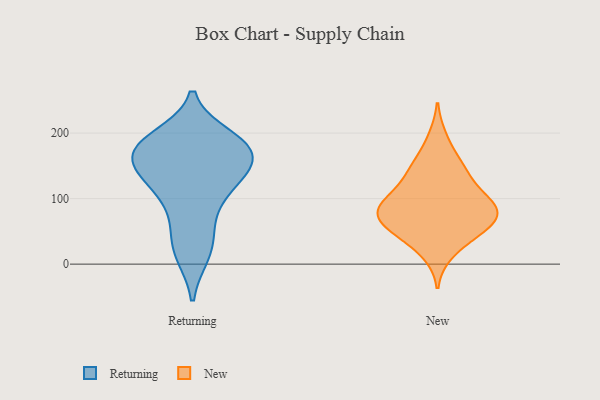
{"axis": {"x": "Customer Acquisition Cost (USD)", "y": "Value"}, "legend": ["New", "Returning"], "data": [{"x": "", "y": 192, "type": "Returning"}, {"x": "", "y": 49, "type": "Returning"}, {"x": "", "y": 116, "type": "Returning"}, {"x": "", "y": 180, "type": "Returning"}, {"x": "", "y": 20, "type": "Returning"}, {"x": "", "y": 16, "type": "Returning"}, {"x": "", "y": 177, "type": "Returning"}, {"x": "", "y": 117, "type": "Returning"}, {"x": "", "y": 179, "type": "Returning"}, {"x": "", "y": 137, "type": "Returning"}, {"x": "", "y": 170, "type": "Returning"}, {"x": "", "y": 179, "type": "Returning"}, {"x": "", "y": 145, "type": "Returning"}, {"x": "", "y": 139, "type": "Returning"}, {"x": "", "y": 173, "type": "Returning"}, {"x": "", "y": 81, "type": "Returning"}, {"x": "", "y": 128, "type": "New"}, {"x": "", "y": 94, "type": "New"}, {"x": "", "y": 97, "type": "New"}, {"x": "", "y": 135, "type": "New"}, {"x": "", "y": 53, "type": "New"}, {"x": "", "y": 192, "type": "New"}, {"x": "", "y": 148, "type": "New"}, {"x": "", "y": 17, "type": "New"}, {"x": "", "y": 80, "type": "New"}, {"x": "", "y": 66, "type": "New"}, {"x": "", "y": 71, "type": "New"}, {"x": "", "y": 53, "type": "New"}, {"x": "", "y": 81, "type": "New"}, {"x": "", "y": 36, "type": "New"}, {"x": "", "y": 63, "type": "New"}, {"x": "", "y": 155, "type": "New"}, {"x": "", "y": 94, "type": "New"}, {"x": "", "y": 96, "type": "New"}]}